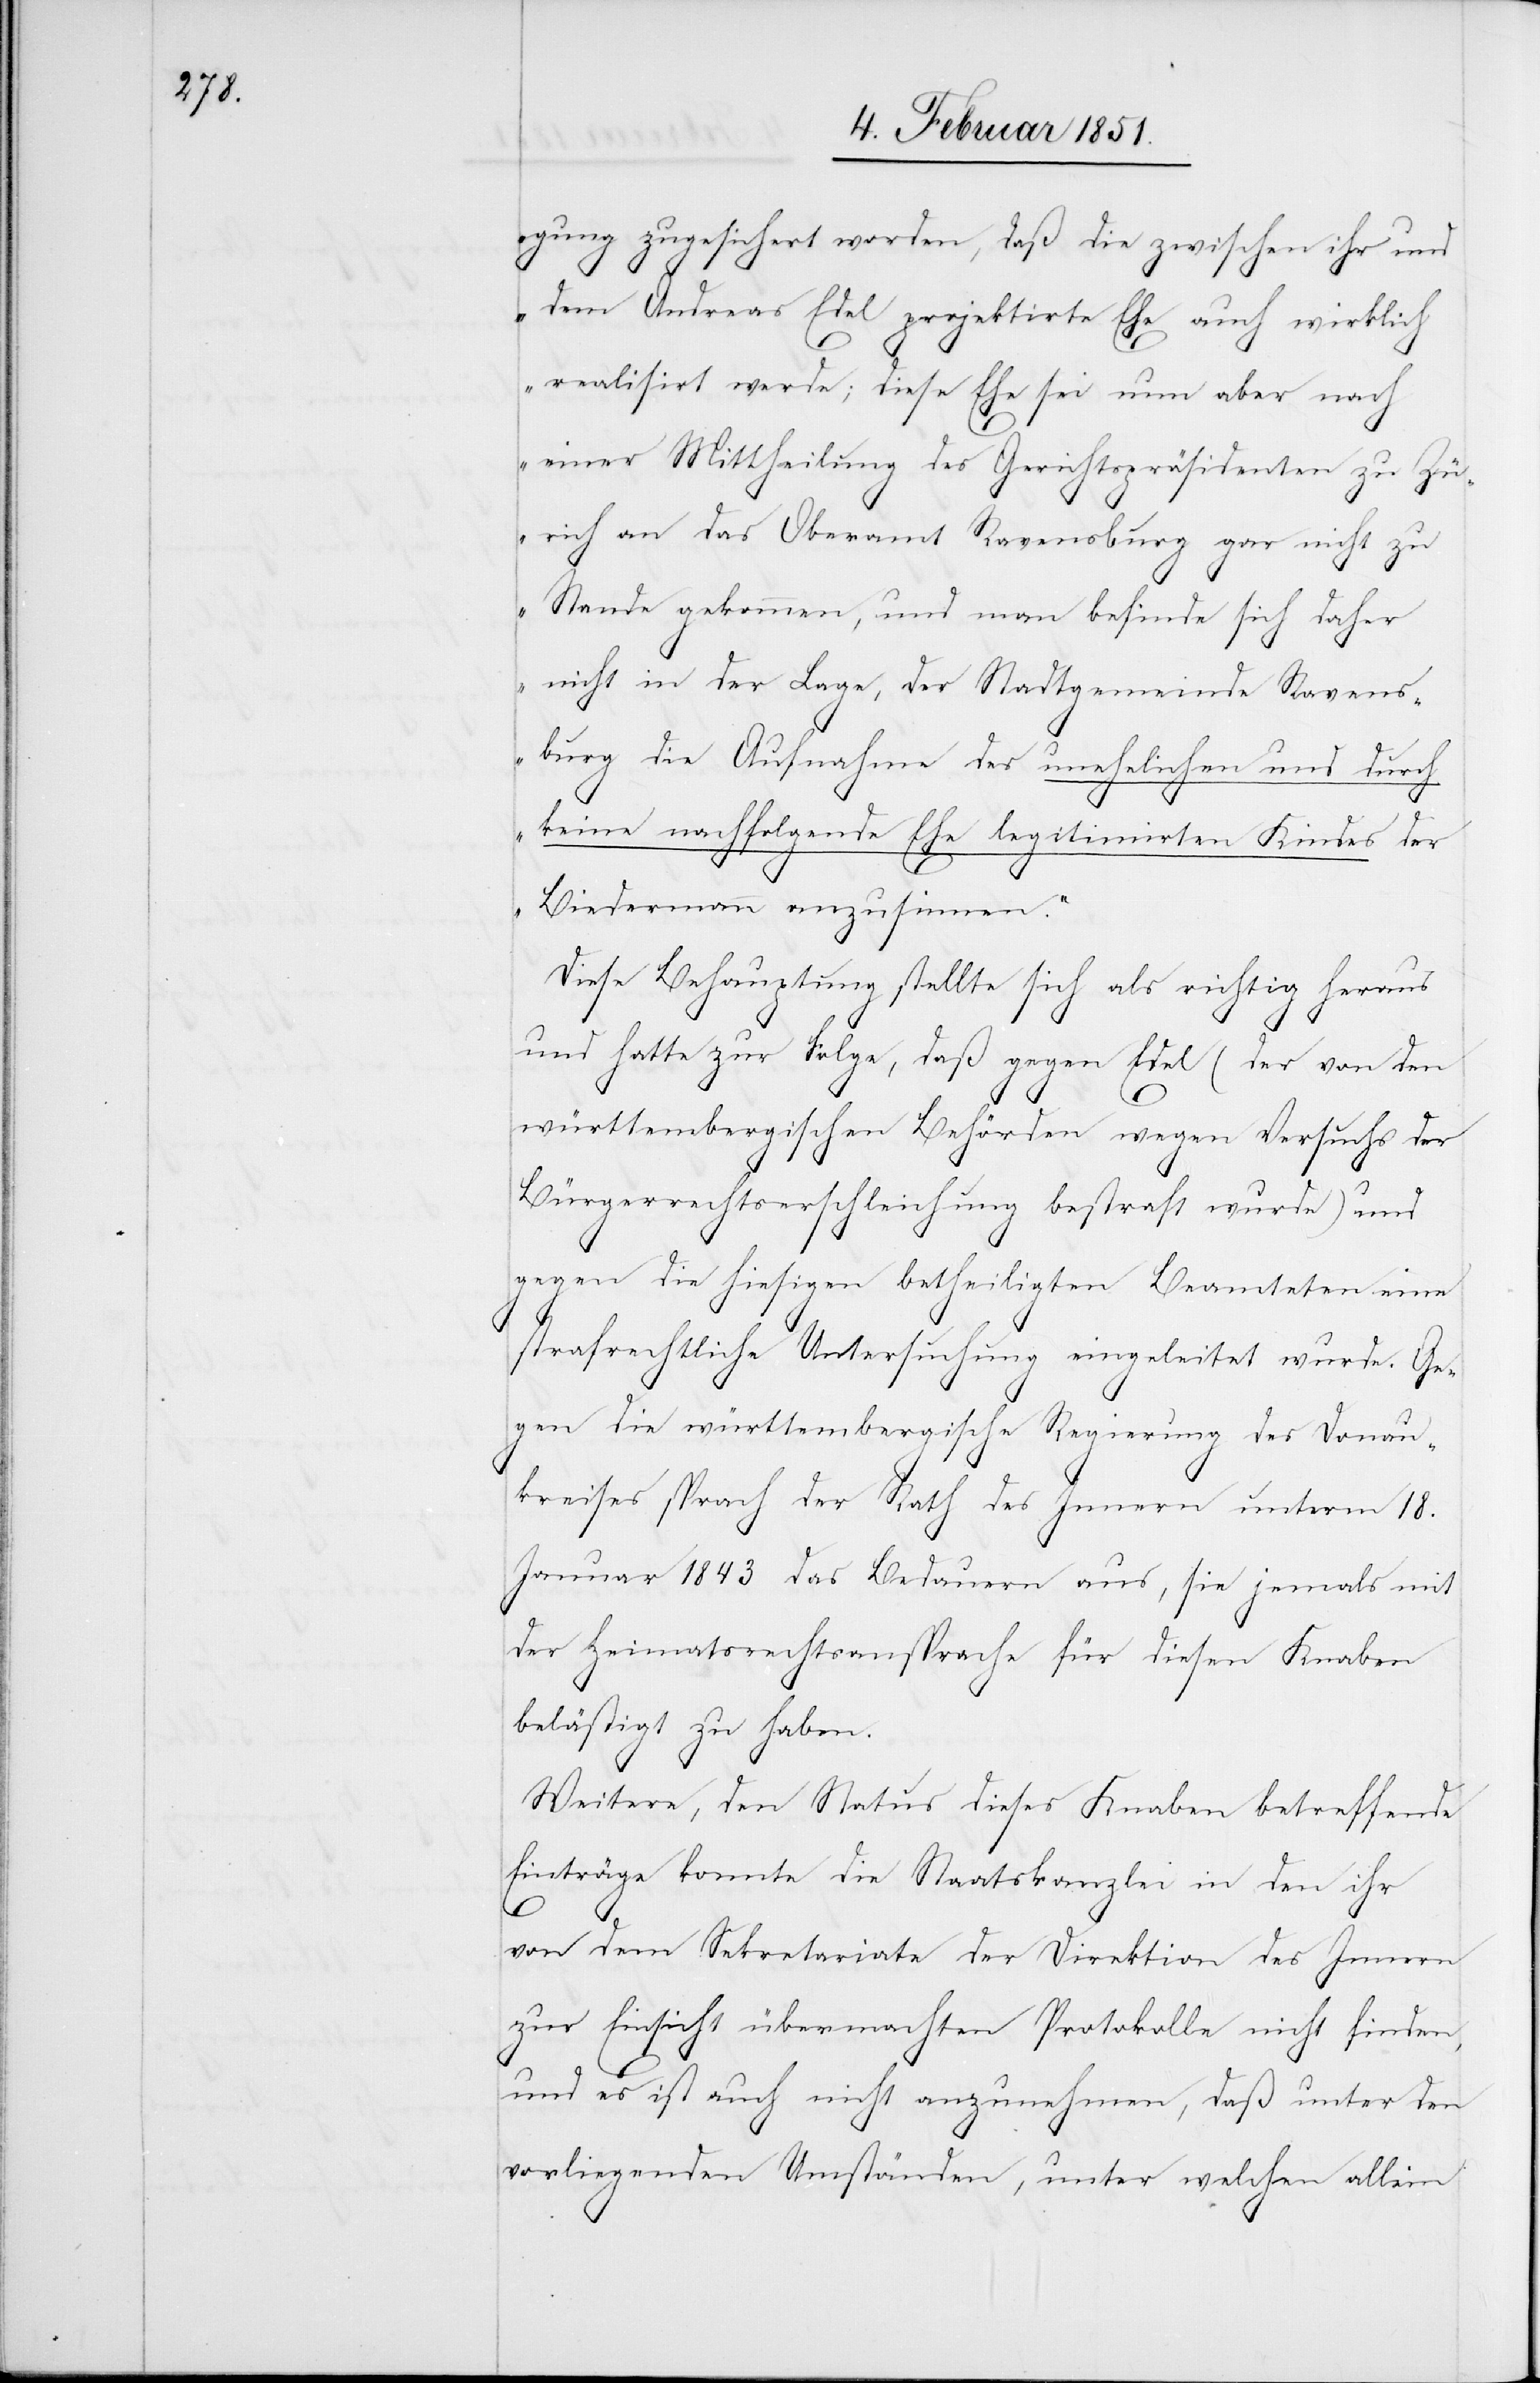
gung zugesichert worden, daß die zwischen ihr und
dem Andreas Edel projektirte Ehe auch wirklich
realisirt werde; diese Ehe sei nun aber nach
einer Mittheilung des Gerichtspräsidenten zu Zü¬
rich an das Oberamt Ravensburg gar nicht zu
Stande gekommen, und man befinde sich daher
nicht in der Lage, der Stadtgemeinde Ravens¬
burg die Aufnahme des unehelichen und durch
keine nachfolgende Ehe legitimirten Kindes der
Biedermann anzusinnen.‘
Diese Behauptung stellte sich als richtig heraus
und hatte zur Folge, daß gegen Edel (der von den
württembergischen Behörden wegen Versuchs der
Bürgerrechtserschleichung bestraft wurde) und
gegen die hiesigen betheiligten Beamteten eine
strafrechtliche Untersuchung eingeleitet wurde. Ge¬
gen die württembergische Regierung des Donau¬
kreises sprach der Rath des Innern unterm 18.
Januar 1843 das Bedauern aus, sie jemals mit
der Heimatsrechtsansprache für diesen Knaben
belästigt zu haben.
Weitere, den Status dieses Knaben betreffende
Einträge konnte die Staatskanzlei in den ihr
von dem Sekretariate der Direktion des Innern
zur Einsicht übermachten Protokolle nicht finden,
und es ist auch nicht anzunehmen, daß unter den
vorliegenden Umständen, unter welchen allein